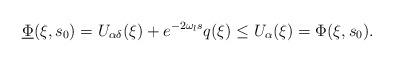
LaTeX: \begin{align*} \underline\Phi(\xi, s_{0})=U_{\alpha\delta}(\xi)+e^{-2\omega_{l} s}q(\xi)\le U_{\alpha}(\xi)=\Phi(\xi, s_{0}). \end{align*}